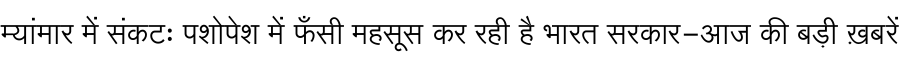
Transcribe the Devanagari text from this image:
म्यांमार में संकटः पशोपेश में फँसी महसूस कर रही है भारत सरकार-आज की बड़ी ख़बरें